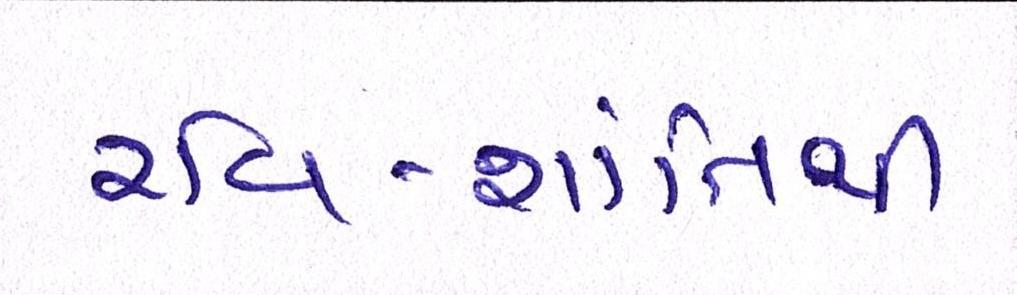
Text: રવિ-શાંતિથી